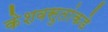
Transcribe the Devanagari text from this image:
केशवसुतांकडे